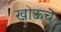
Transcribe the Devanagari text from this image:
खाऊचे